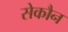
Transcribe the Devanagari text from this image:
सेकौन